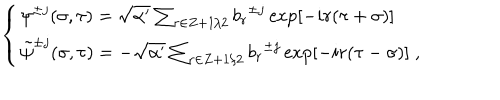
\left\{ \begin{array} { l } { { { \psi } ^ { \pm j } ( \sigma , \tau ) = \sqrt { \alpha ^ { \prime } } \sum _ { r \in Z + 1 / 2 } { b _ { r } } ^ { \pm j } \exp [ - i r ( \tau + \sigma ) ] } } \\ { { { \tilde { \psi } } ^ { \pm j } ( \sigma , \tau ) = - \sqrt { \alpha ^ { \prime } } \sum _ { r \in Z + 1 / 2 } { b _ { r } } ^ { \pm j } \exp [ - i r ( \tau - \sigma ) ] \; , } } \\ \end{array} \right.